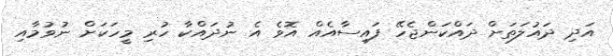
އަދި ދައުލަތަށް ދައްކަންޖެހޭ ފައިސާއެއް އޮވެ އެ ނުދައްކާ ހުރި މީހަކަށް ނުވުމާއި